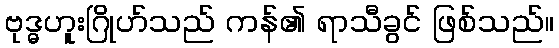
ဗုဒ္ဓဟူးဂြိုဟ်သည် ကန်၏ ရာသီခွင် ဖြစ်သည်။